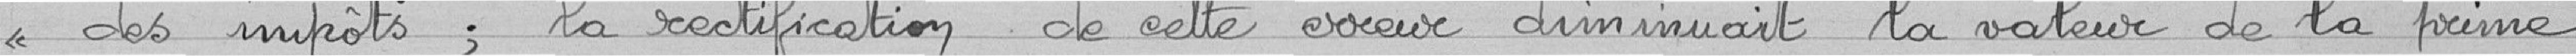
"des impôts : la rectification de cette erreur diminuait la valeur de la prime